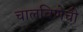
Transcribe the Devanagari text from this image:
चालविणेची